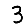
Digit: 3